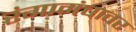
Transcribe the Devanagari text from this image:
रंगामंचावर